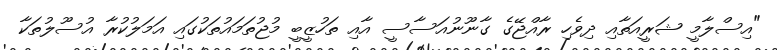
"އިސްލާމީ ޝަރީއަތާއި ދިވެހި ރާއްޖޭގެ ގާނޫނުއަަސާސީ އާއި ތަހުޒީބީ މުޖުތަމައުތަކުގައި އަމަލުކުރާ އުސޫލުތަކާ